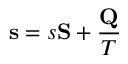
\mathbf { s } = s \mathbf { S } + { \frac { \mathbf { Q } } { T } }